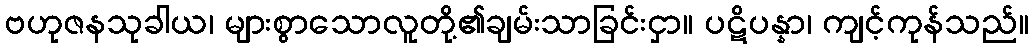
ဗဟုဇနသုခါယ၊ များစွာသောလူတို့၏ချမ်းသာခြင်းငှာ။ ပဋိပန္နာ၊ ကျင့်ကုန်သည်။